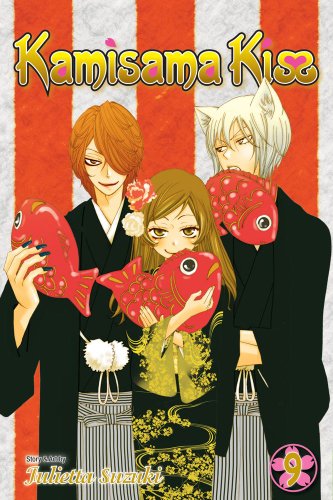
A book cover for Kamisama Kiss, Vol. 9; Julietta Suzuki; Comics & Graphic Novels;